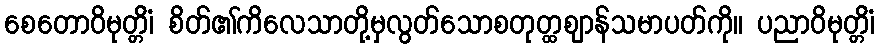
စေတောဝိမုတ္တိံ၊ စိတ်၏ကိလေသာတို့မှလွတ်သောစတုတ္ထဈာန်သမာပတ်ကို။ ပညာဝိမုတ္တိံ၊